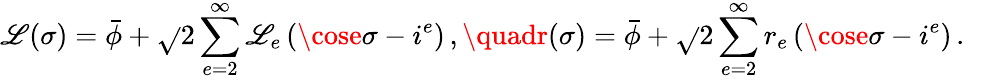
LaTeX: \mathscr{L}(\sigma)=\bar{{\phi}}+\sqrt{}{{2}}\sum_{e=2}^{\infty}\mathscr{L}_{e}\left(\cose\sigma-i^{e}\right)\, ,\quadr(\sigma)=\bar{{\phi}}+\sqrt{}{{2}}\sum_{e=2}^{\infty}r_{e}\left(\cose\sigma-i^{e}\right)\, .~~~~